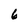
Character: 6